Report of the Indian Hemp Drugs Commission, 1894-1895 - Volume IV
Year: 1894
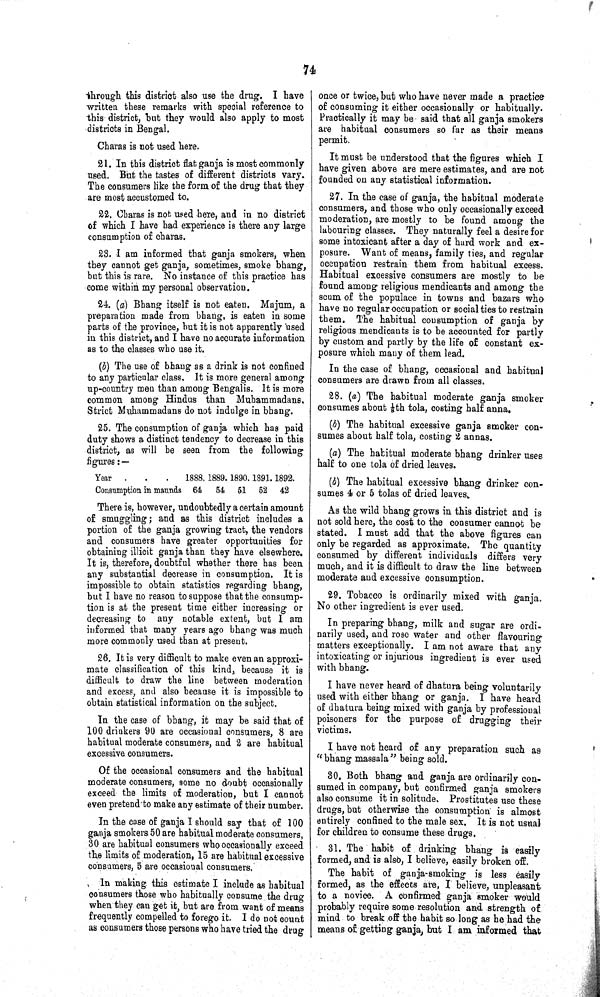
74
through this district also use the drug. I have
written these remarks with special reference to
this district, but they would also apply to most
districts in Bengal.
Charas is not used here.
21. In this district flat ganja is most commonly
used. But the tastes of different districts vary.
The consumers like the form of the drug that they
are most accustomed to.
22. Charas is not used here, and in no district
of which I have had experience is there any large
consumption of charas.
23. I am informed that ganja smokers, when
they cannot get ganja, sometimes, smoke bhang,
but this is rare. No instance of this practice has
come within my personal observation.
24. (a) Bhang itself is not eaten. Majum, a
preparation made from bhang, is eaten in some
parts of the province, but it is not apparently used
in this district, and I have no accurate information
as to the classes who use it.
(b) The use of bhang as a drink is not confined
to any particular class. It is more general among
up-country men than among Bengalis. It is more
common among Hindus than Muhammadans.
Strict Muhammadans do not indulge in bhang.
25. The consumption of ganja which has paid
duty shows a distinct tendency to decrease in this
district, as will be seen from the following
figures:—
Year
1888. 1889. 1890. 1891. 1892.
Consumption in maunds 64 54 51 52 42
There is, however, undoubtedly a certain amount
of smuggling; and as this district includes a
portion of the ganja growing tract, the vendors
and consumers have greater opportunities for
obtaining illicit ganja than they have elsewhere.
It is, therefore, doubtful whether there has been
any substantial decrease in consumption. It is
impossible to obtain statistics regarding bhang,
but I have no reason to suppose that the consump¬
tion is at the present time either increasing or
decreasing to any notable extent, but I am
informed that many years ago bhang was much
more commonly used than at present.
26. It is very difficult to make even an approxi¬
mate classification of this kind, because it is
difficult to draw the line between moderation
and excess, and also because it is impossible to
obtain statistical information on the subject.
In the case of bhang, it may be said that of
100 drinkers 90 are occasional consumers, 8 are
habitual moderate consumers, and 2 are habitual
excessive consumers.
Of the occasional consumers and the habitual
moderate consumers, some no doubt occasionally
exceed the limits of moderation, but I cannot
even pretend to make any estimate of their number.
In the case of ganja I should say that of 100
ganja smokers 50 are habitual moderate consumers,
30 are habitual consumers who occasionally exceed
the limits of moderation, 15 are habitual excessive
consumers, 5 are occasional consumers.
In making this estimate I include as habitual
consumers those who habitually consume the drug
when they can get it, but are from want of means
frequently compelled to forego it. I do not count
as consumers those persons who have tried the drug
once or twice, but who have never made a practice
of consuming it either occasionally or habitually.
Practically it may be said that all ganja smokers
are habitual consumers so far as their means
permit.
It must be understood that the figures which I
have given above are mere estimates, and are not
founded on any statistical information.
27. In the case of ganja, the habitual moderate
consumers, and those who only occasionally exceed
moderation, are mostly to be found among the
labouring classes. They naturally feel a desire for
some intoxicant after a day of hard work and ex¬
posure. Want of means, family ties, and regular
occupation restrain them from habitual excess.
Habitual excessive consumers are mostly to be
found among religious mendicants and among the
scum of the populace in towns and bazars who
have no regular occupation or social ties to restrain
them. The habitual consumption of ganja by
religious mendicants is to be accounted for partly
by custom and partly by the life of constant ex¬
posure which many of them lead.
In the case of bhang, occasional and habitual
consumers are drawn from all classes.
28. (a) The habitual moderate ganja smoker
consumes about 1/8th tola, costing half anna.
(b) The habitual excessive ganja smoker con¬
sumes about half tola, costing 2 annas.
(a) The habitual moderate bhang drinker uses
half to one tola of dried leaves.
(b) The habitual excessive bhang drinker con¬
sumes 4 or 5 tolas of dried leaves.
As the wild bhang grows in this district and is
not sold here, the cost to the consumer cannot be
stated. I must add that the above figures can
only be regarded as approximate. The quantity
consumed by different individuals differs very
much, and it is difficult to draw the line between
moderate and excessive consumption.
29. Tobacco is ordinarily mixed with ganja.
No other ingredient is ever used.
In preparing bhang, milk and sugar are ordi¬
narily used, and rose water and other flavouring
matters exceptionally. I am not aware that any
intoxicating or injurious ingredient is ever used
with bhang.
I have never heard of dhatura being voluntarily
used with either bhang or ganja. I have heard
of dhatura being mixed with ganja by professional
poisoners for the purpose of drugging their
victims.
I have not heard of any preparation such as
"bhang massala" being sold.
30. Both bhang and ganja are ordinarily con¬
sumed in company, but confirmed ganja smokers
also consume it in solitude. Prostitutes use these
drugs, but otherwise the consumption is almost
entirely confined to the male sex. It is not usual
for children to consume these drugs.
31. The habit of drinking bhang is easily
formed, and is also, I believe, easily broken off.
The habit of ganja-smoking is less easily
formed, as the effects are, I believe, unpleasant
to a novice. A confirmed ganja smoker would
probably require some resolution and strength of
mind to break off the habit so long as he had the
means of getting ganja, but I am informed that